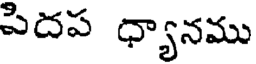
పిదప ధ్యానము